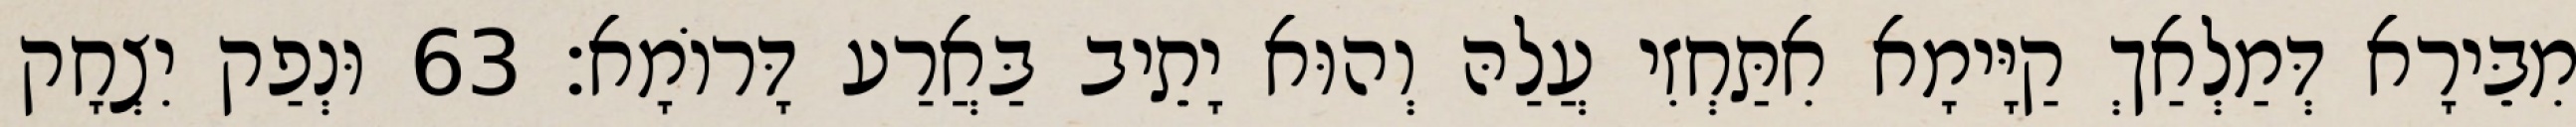
מִבֵּירָא דְּמַלְאַךְ קַיָּימָא אִתַּחְזִי עֲלַהּ וְהוּא יָתֵיב בַּאֲרַע דָּרוֹמָא׃ 63 וּנְפַק יִצְחָק